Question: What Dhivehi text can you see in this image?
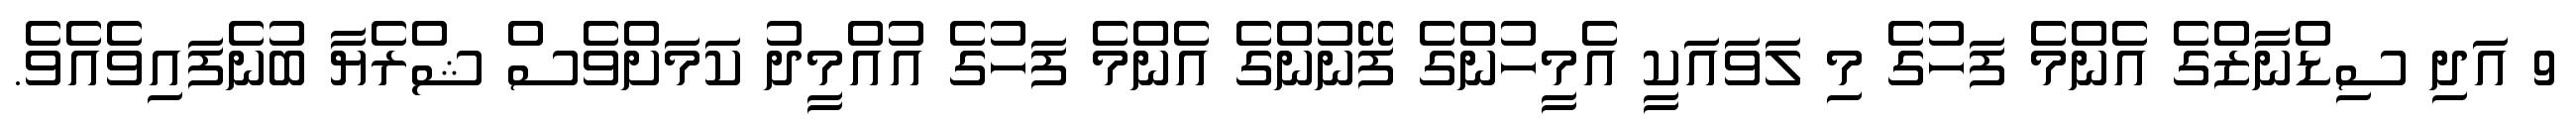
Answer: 9 އަދި ސިޑްނާޒްގެ އެންމެ ފަހުގެ މި ލަވައަކީ އެމީހުންގެ ފޭނުންގެ އެންމެ ފަހުގެ އުއްމީދު ކަމަށްވެސް ޝްރެޔާ ބުނެފައިވެއެވެ.